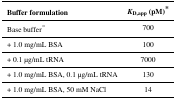
<table><thead><tr><td><b>Buffer formulation</b></td><td><b><i>K</i><sub>D,app</sub> (pM)*</b></td></tr></thead><tbody><tr><td>Base buffer°</td><td>700</td></tr><tr><td>+ 1.0 mg/mL BSA</td><td>100</td></tr><tr><td>+ 0.1 μg/mL tRNA</td><td>7000</td></tr><tr><td>+ 1.0 mg/mL BSA, 0.1 μg/mL tRNA</td><td>130</td></tr><tr><td>+ 1.0 mg/mL BSA, 50 mM NaCl</td><td>14</td></tr></tbody></table>